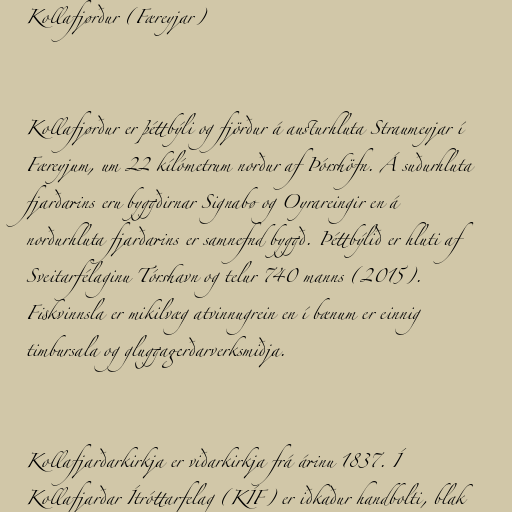
Kollafjørður (Færeyjar)

Kollafjørður er þéttbýli og fjörður á austurhluta Straumeyjar í
Færeyjum, um 22 kílómetrum norður af Þórshöfn. Á suðurhluta
fjarðarins eru byggðirnar Signabø og Oyrareingir en á
norðurhluta fjarðarins er samnefnd byggð. Þéttbýlið er hluti af
Sveitarfélaginu Tórshavn og telur 740 manns (2015).
Fiskvinnsla er mikilvæg atvinnugrein en í bænum er einnig
timbursala og gluggagerðarverksmiðja.

Kollafjarðarkirkja er viðarkirkja frá árinu 1837. Í
Kollafjarðar Ítróttarfelag (KÍF) er iðkaður handbolti, blak